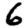
Digit: 6